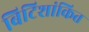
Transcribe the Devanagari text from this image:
बिटिशांकित